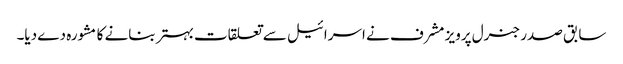
سابق صدر جنرل پرویز مشرف نے اسرائیل سے تعلقات بہتر بنانے کا مشورہ دے دیا۔